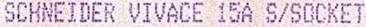
SCHNEIDER VIVACE 15A S/SOCKET